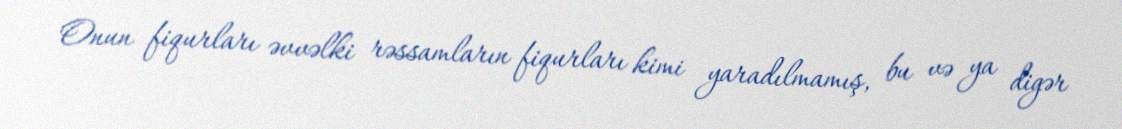
Onun fiqurları əvvəlki rəssamların fiqurları kimi yaradılmamış, bu və ya digər